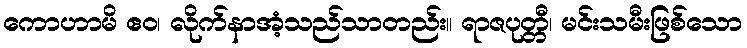
ကောဟာမိ ဧဝ၊ လိုက်နာအံ့သည်သာတည်း။ ရာဇပုတ္တီ၊ မင်းသမီးဖြစ်သော